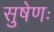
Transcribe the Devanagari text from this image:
सुषेणः